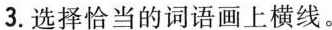
3.选择恰当的词语画上横线。